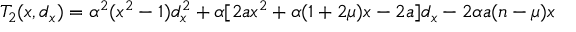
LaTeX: T _ { 2 } ( x , d _ { x } ) = \alpha ^ { 2 } ( x ^ { 2 } - 1 ) d _ { x } ^ { 2 } + \alpha [ 2 a x ^ { 2 } + \alpha ( 1 + 2 \mu ) x - 2 a ] d _ { x } - 2 \alpha a ( n - \mu ) x